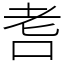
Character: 㖈